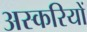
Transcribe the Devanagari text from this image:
अस्करियों